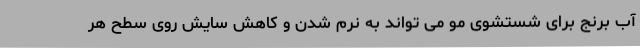
آب برنج برای شستشوی مو می تواند به نرم شدن و کاهش سایش روی سطح هر